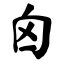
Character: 囟